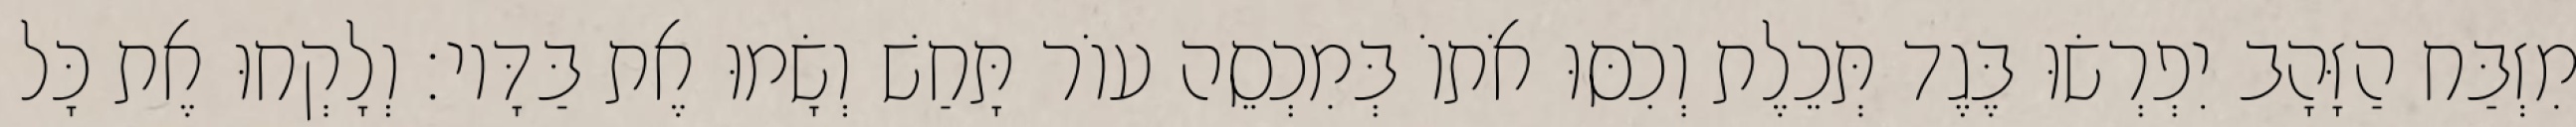
מִזְבַּח הַזָּהָב יִפְרְשׂוּ בֶּגֶד תְּכֵלֶת וְכִסּוּ אֹתוֹ בְּמִכְסֵה עוֹר תָּחַשׁ וְשָׂמוּ אֶת בַּדָּיו׃ וְלָקְחוּ אֶת כָּל